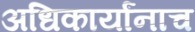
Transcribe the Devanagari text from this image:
अधिकार्यांनाच